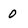
Character: 0